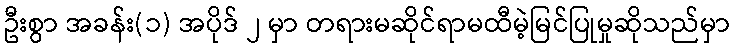
ဦးစွာ အခန်း(၁) အပိုဒ် ၂ မှာ တရားမဆိုင်ရာမထီမဲ့မြင်ပြုမှုဆိုသည်မှာ